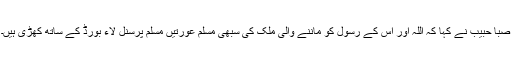
صبا حبیب نے کہا کہ اللہ اور اس کے رسول کو ماننے والی ملک کی سبھی مسلم عورتیں مسلم پرسنل لاء بورڈ کے ساتھ کھڑی ہیں۔